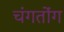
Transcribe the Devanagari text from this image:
चंगतोंग